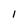
Character: 1